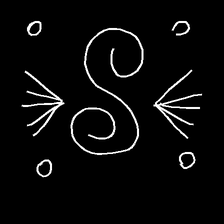
Glyph: aeroform